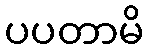
ပပတာမိ